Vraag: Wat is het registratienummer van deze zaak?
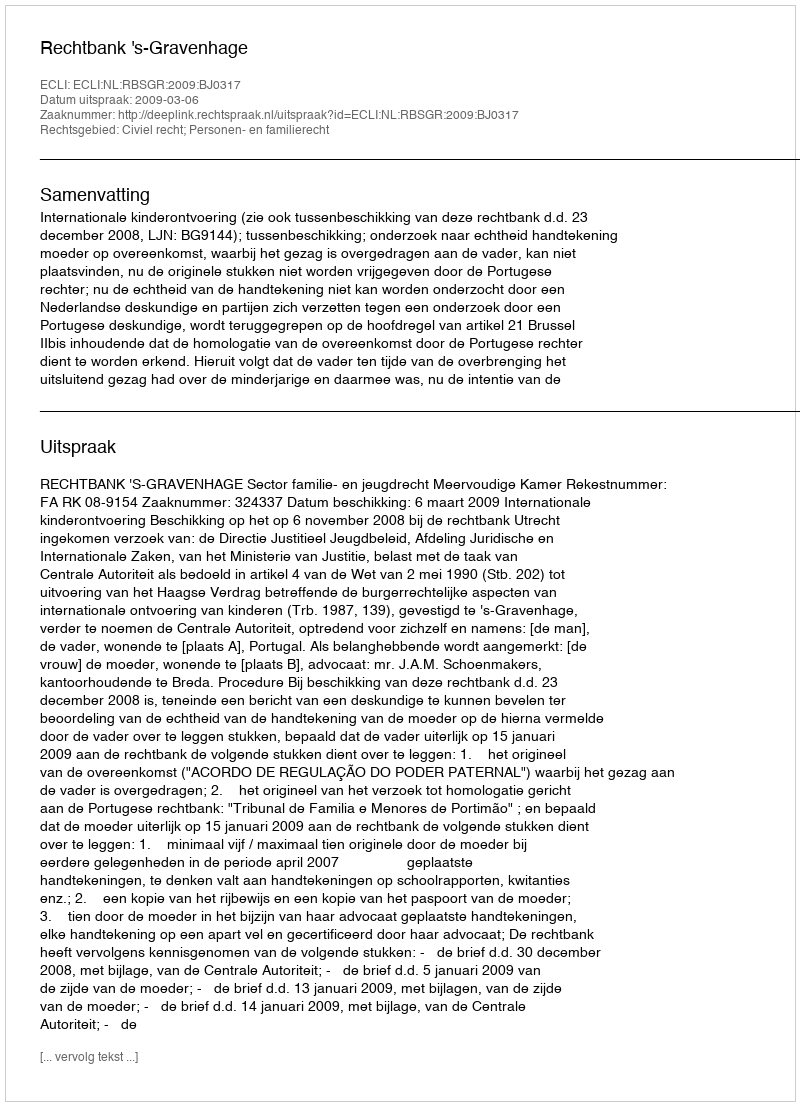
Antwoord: http://deeplink.rechtspraak.nl/uitspraak?id=ECLI:NL:RBSGR:2009:BJ0317